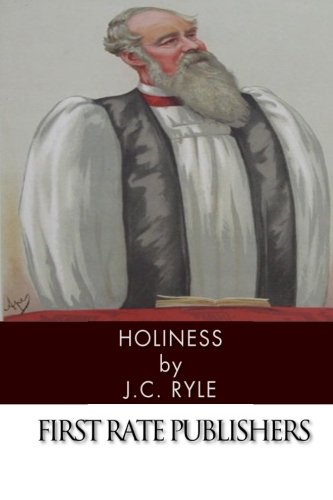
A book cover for Holiness; J.C. Ryle; Christian Books & Bibles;